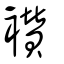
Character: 襸